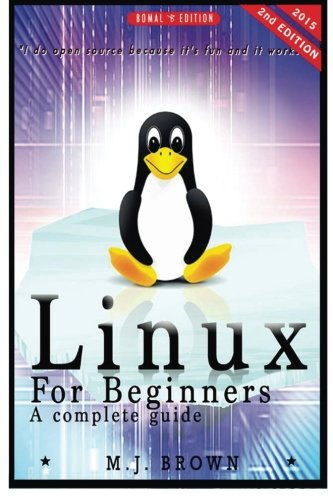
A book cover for Linux: Linux Command Line - A Complete Introduction To The Linux Operating System And Command Line (With Pics) (Unix, Linux kemel, Linux command line, ... CSS, C++, Java, PHP, Excel, code) (Volume 1); M.J. Brown; Computers & Technology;